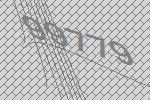
99779